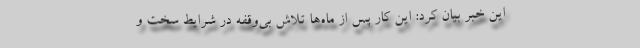
این خبر بیان کرد: این کار پس از ماه‌ها تلاش بی‌وقفه در شرایط سخت و